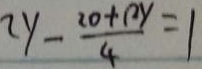
2 y - \frac { 2 0 + 1 2 y } { 4 } = 1